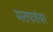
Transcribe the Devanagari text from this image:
मतपत्रांवर